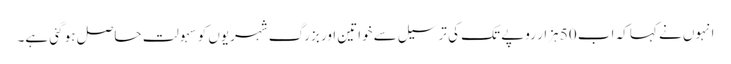
انہوں نے کہا کہ اب 50 ہزار روپے تک کی ترسیل سے خواتین اور بزرگ شہریوں کو سہولت حاصل ہو گئی ہے۔